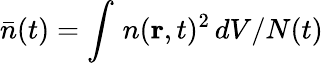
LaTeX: \bar{n}(t)=\int_{}^{}n(\textbf{r},t)^{2}\, dV/N(t)